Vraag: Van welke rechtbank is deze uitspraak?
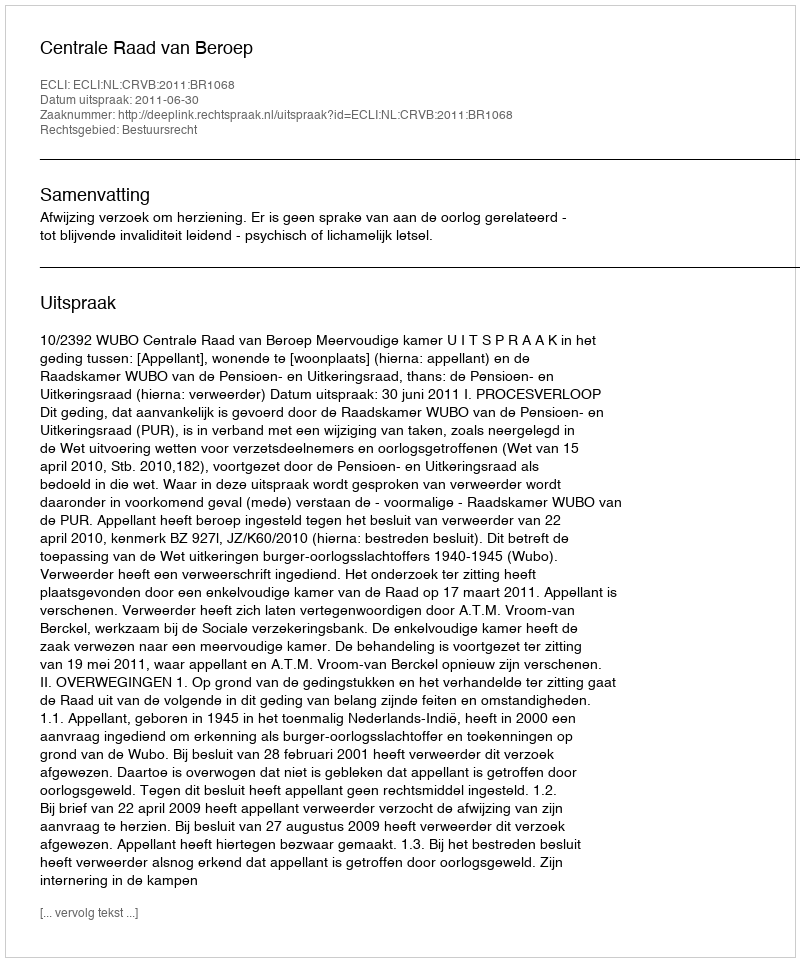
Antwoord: Centrale Raad van Beroep